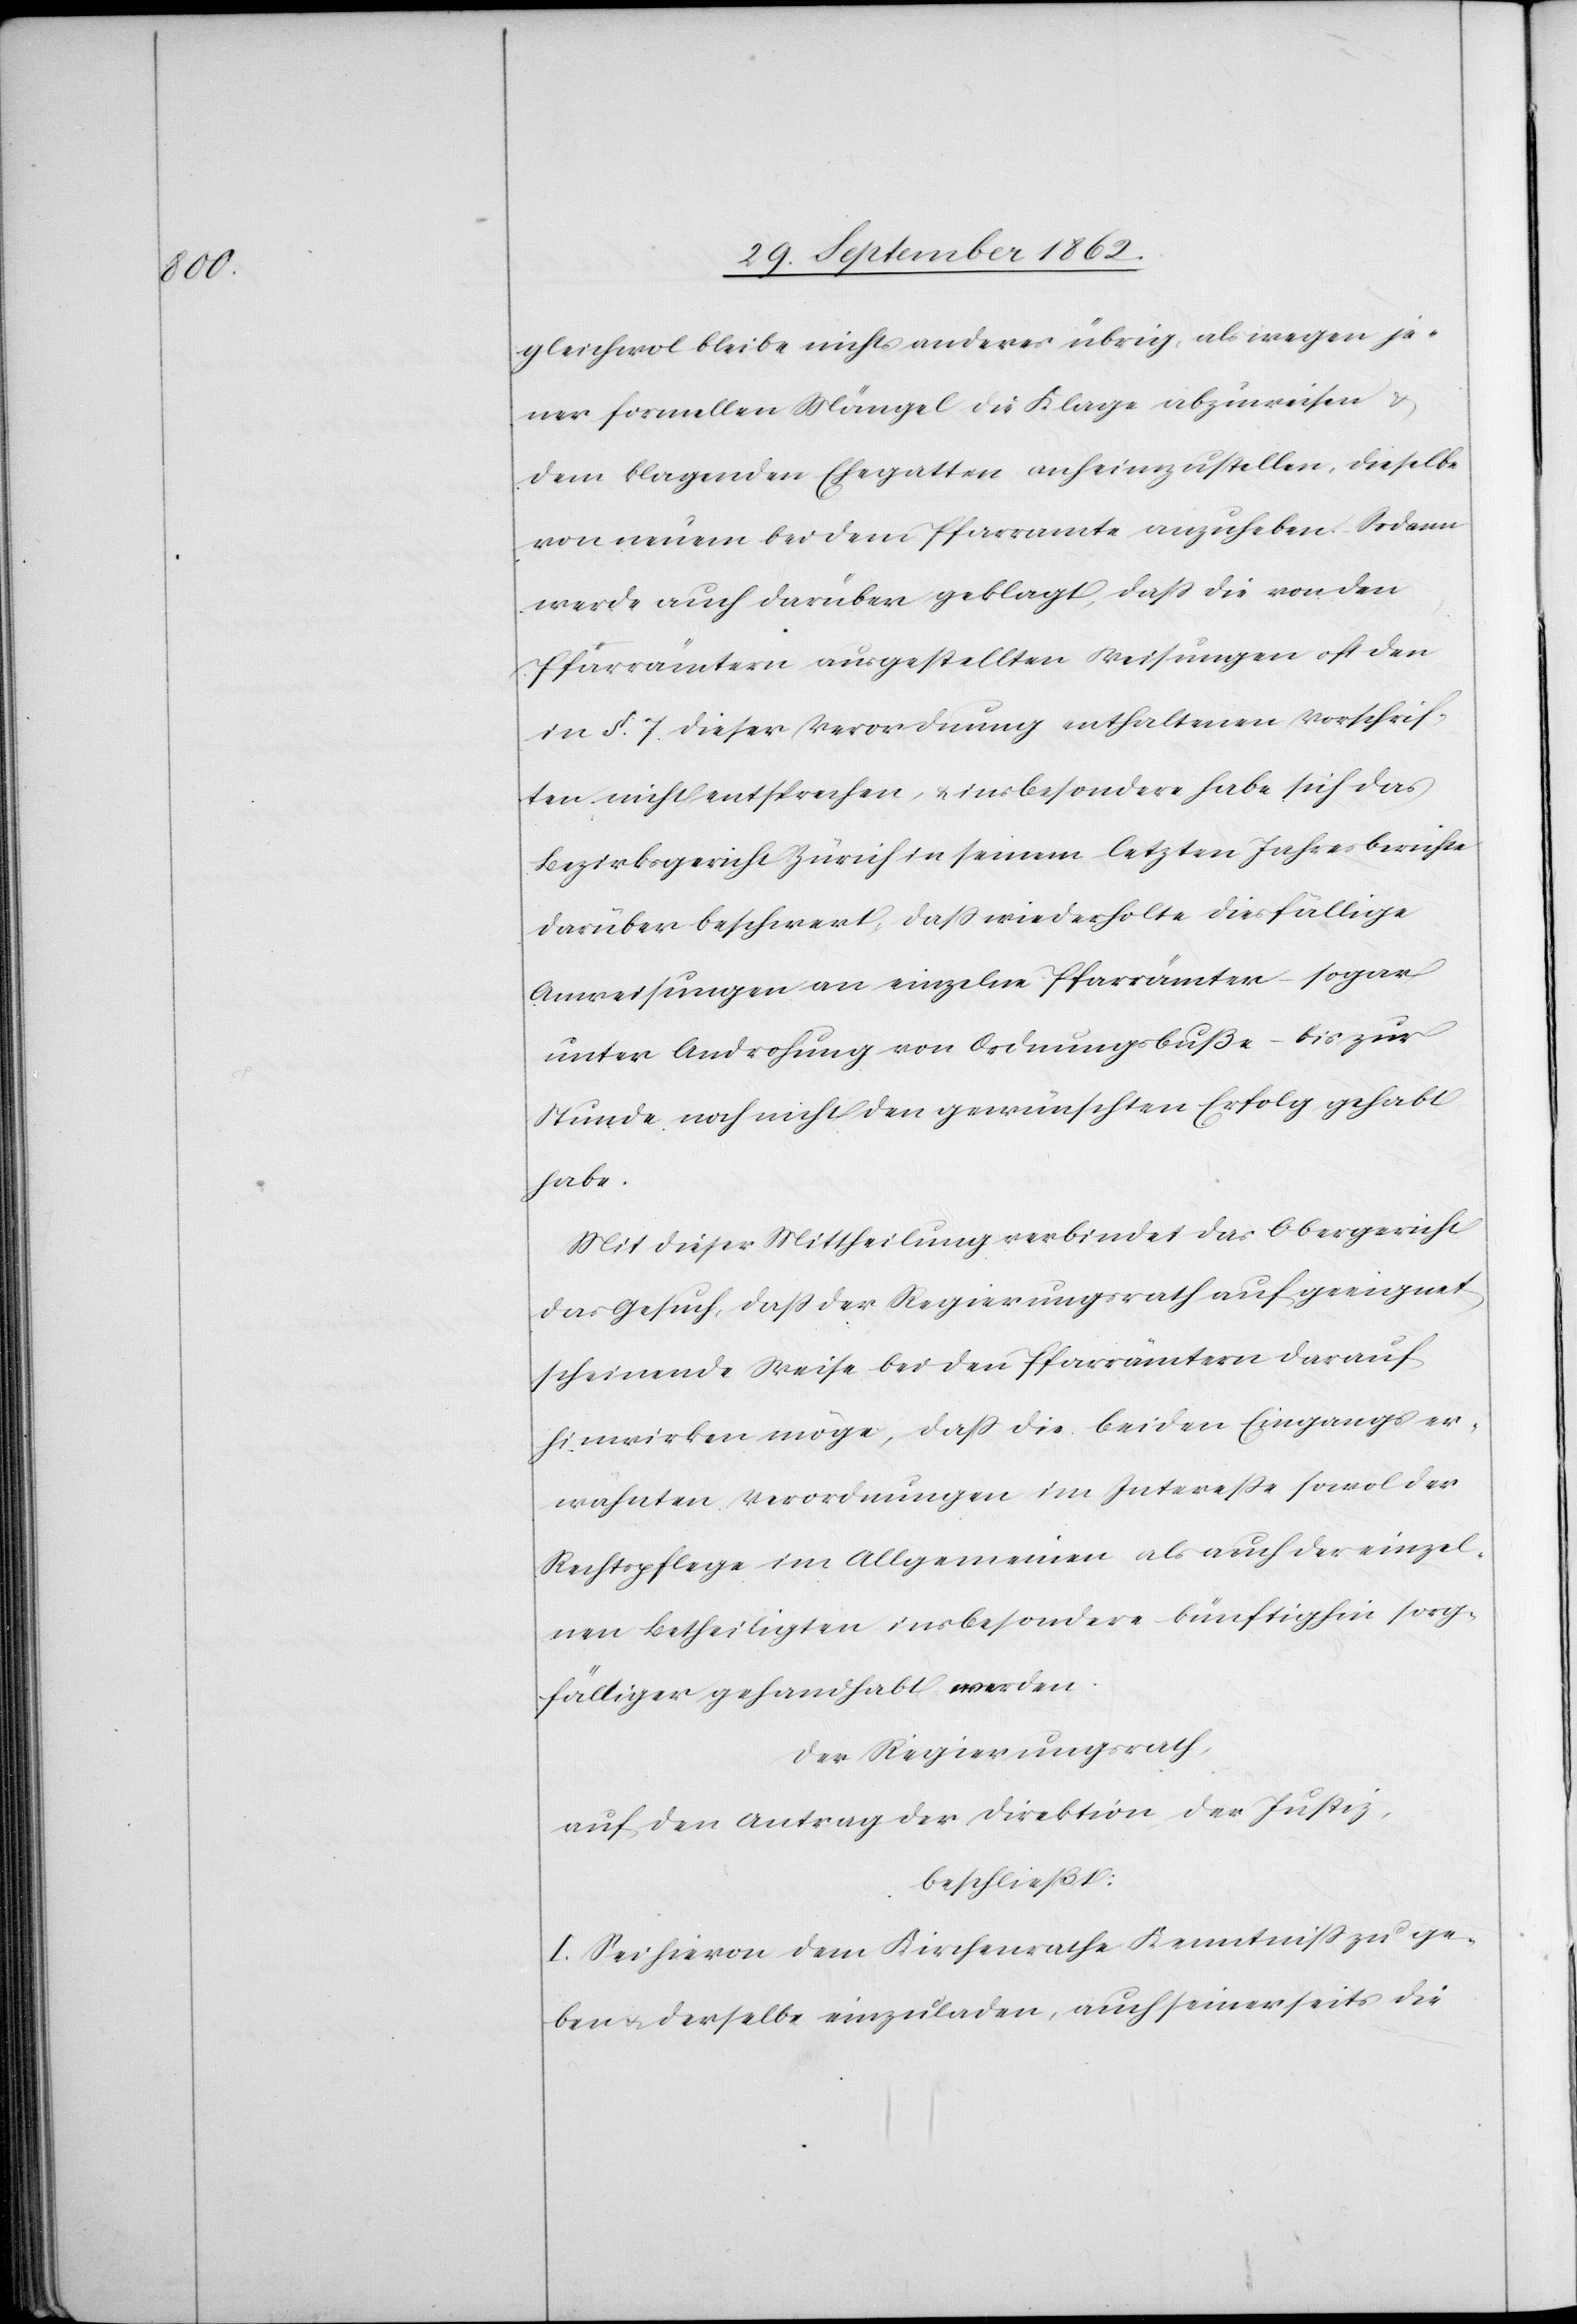
gleichwol bleibe nichts anderes übrig, als wegen je¬
ner formellen Mängel die Klage abzuweisen u.
dem klagenden Ehegatten anheimzustellen, dieselbe
von neuem bei dem Pfarramte anzuheben. Sodann
werde auch darüber geklagt, daß die von den
Pfarrämtern ausgestellten Weisungen oft den
in §. 7 dieser Verordnung enthaltenen Vorschrif¬
ten nicht entsprechen, u. insbesondere habe sich das
Bezirksgericht Zürich in seinem letzten Jahresberichte
darüber beschwert, daß wiederholte diesfällige
Anweisungen an einzelne Pfarrämter – sogar
unter Androhung von Ordnungsbuße – bis zur
Stunde noch nicht den gewünschten Erfolgt gehabt
habe.
Mit dieser Mittheilung verbindet das Obergericht
das Gesuch, daß der Regierungsrath auf geeignet
scheinende Weise bei den Pfarrämtern darauf
hinwirken möge, daß die beiden Eingangs er¬
wähnten Verordnungen im Intereße sowohl der
Rechtspflege im Allgemeinen als auch der einzel¬
nen Betheiligten insbesondere künftighin sorg¬
fältiger gehandhabt werden.
Der Regierungsrath,
auf den Antrag der Direktion der Justiz,
beschließt:
I. Sei hievon dem Kirchenrathe Kenntniß zu ge¬
ben u. derselbe einzuladen, auch seinerseits die